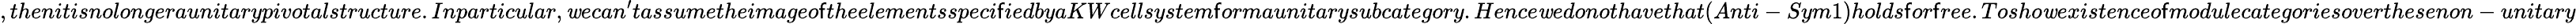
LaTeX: ,thenitisnolongeraunitarypivotalstructure.Inparticular,\mathit{w}ecan^{\prime}tassumetheimageo\mathsf{f}theelementsspeci\mathsf{f}iedbyaKWcellsystem\mathsf{f}ormaunitarysubcategory.Hence\mathit{w}edonothavethat(Anti-Sym1)holds\mathsf{f}or\mathsf{f}ree.Tosho\mathit{w}existenceo\mathsf{f}modulecategoriesoverthesenon-unitary